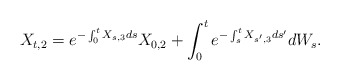
\begin{align*}X_{t,2} = e^{-\int_0^t X_{s,3}ds}X_{0,2} + \int_0^t e^{-\int_s^t X_{s',3}ds'}dW_s.\end{align*}